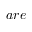
a r e